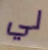
لي